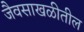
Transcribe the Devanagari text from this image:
जैवसाखळीतील